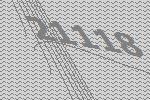
21118